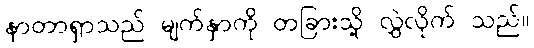
နာတာရှာသည် မျက်နှာကို တခြားသို့ လွှဲလိုက် သည်။